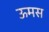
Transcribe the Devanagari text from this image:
ऊमस